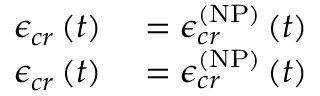
\begin{array} { r l } { \mathcal { \epsilon } _ { c r } \left( t \right) } & { { } = \mathcal { \epsilon } _ { c r } ^ { \left( \mathrm { N P } \right) } \left( t \right) } \\ { \mathcal { \epsilon } _ { c r } \left( t \right) } & { { } = \mathcal { \epsilon } _ { c r } ^ { \left( \mathrm { N P } \right) } \left( t \right) } \end{array}